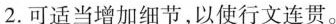
2.可适当增加细节，以使行文连贯。